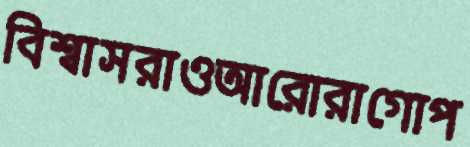
বিশ্বাসরাওআরোরাগোপ